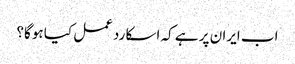
اب ایران پر ہے کہ اسکا ردعمل کیا ہوگا؟